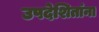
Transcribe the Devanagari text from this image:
उपदेशितांना